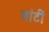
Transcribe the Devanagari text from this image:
बांटीं